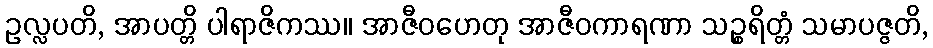
ဥလ္လပတိ, အာပတ္တိ ပါရာဇိကဿ။ အာဇီဝဟေတု အာဇီဝကာရဏာ သဉ္စရိတ္တံ သမာပဇ္ဇတိ,